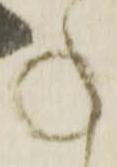
承